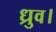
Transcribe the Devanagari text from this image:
ध्रुव।